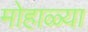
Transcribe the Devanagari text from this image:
मोहाळ्या